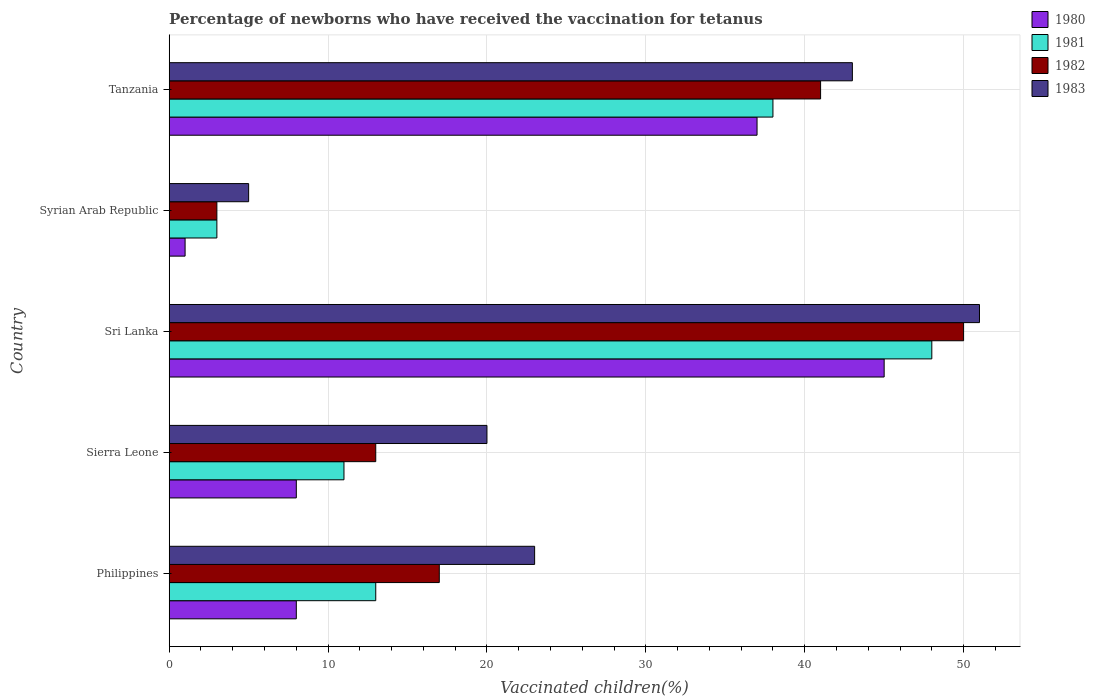
| Country | 1980 | 1981 | 1982 | 1983 |
 | --- | --- | --- | --- | --- |
 | Philippines | 8 | 13 | 17 | 23 |
 | Sierra Leone | 8 | 11 | 13 | 20 |
 | Sri Lanka | 45 | 48 | 50 | 51 |
 | Syrian Arab Republic | 1 | 3 | 3 | 5 |
 | Tanzania | 37 | 38 | 41 | 43 |